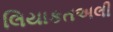
લિયાકતઅલી